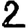
Digit: 2